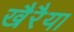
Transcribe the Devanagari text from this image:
खैरैया